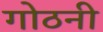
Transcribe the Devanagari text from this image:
गोठनी